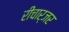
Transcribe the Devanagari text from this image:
रीचार्जर